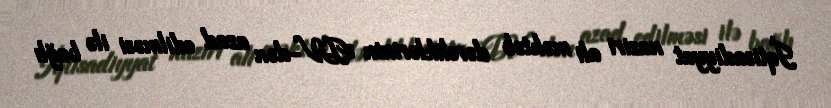
İqtisadiyyat naziri ali məktəb dərsliklərinin ƏDV-dən azad edilməsi ilə bağlı